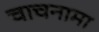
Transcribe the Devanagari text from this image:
चाचनामा